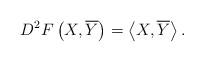
LaTeX: \begin{align*}D^{2}F\left( X,\overline{Y}\right) =\left\langle X,\overline{Y}\right\rangle. \end{align*}